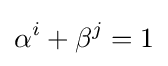
\alpha ^{i}+\beta ^{j}=1